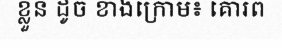
ខ្លួន ដូច ខាងក្រោម៖ គោរព